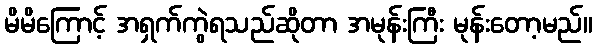
မိမိကြောင့် အရှက်ကွဲရသည်ဆိုတာ အမုန်းကြီး မုန်းတော့မည်။